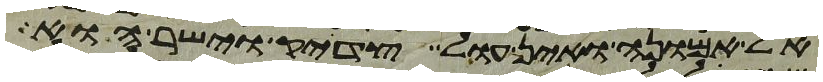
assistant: אל אמונה ואין עול צדיק וישר הוא